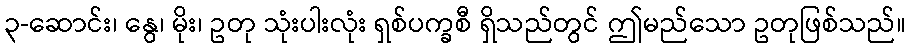
၃-ဆောင်း၊ နွေ၊ မိုး၊ ဥတု သုံးပါးလုံး ရှစ်ပက္ခစီ ရှိသည်တွင် ဤမည်သော ဥတုဖြစ်သည်။